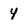
Character: 4